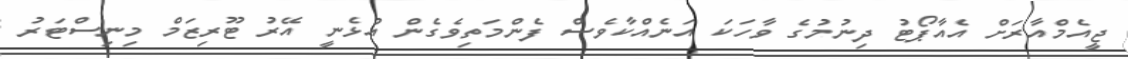
ޖީއެމްއާރަށް އެއާޕޯޓު ދިނުމުގެ ވާހަކަ އަނެއްކާވެސް ފެންމަތިވެގެން އުޅެނީ އޭރު ޓޫރިޒަމް މިނިސްޓަރު